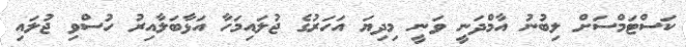
ކަސްޓަމްސަށް ލިބުނު އާމްދަނީ ވަނީ މިދިޔަ އަހަރުގެ ޖުލައިމަހާ އަޅާބަލާއިރު ހުސްވި ޖުލައި